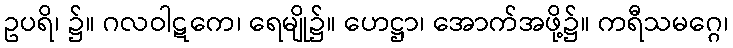
ဥပရိ၊ ၌။ ဂလဝါဋကေ၊ ရေမျို၌။ ဟေဋ္ဌာ၊ အောက်အဖို့၌။ ကရီသမဂ္ဂေ၊